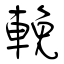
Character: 輓